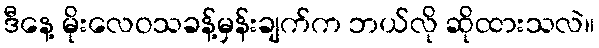
ဒီနေ့ မိုးလေဝသခန့်မှန်းချက်က ဘယ်လို ဆိုထားသလဲ။